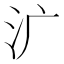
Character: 㲿